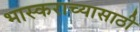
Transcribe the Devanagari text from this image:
भास्कराच्यासाठी